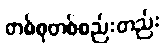
တစ်စုတစ်စည်းတည်း